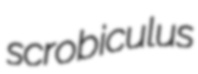
scrobiculus